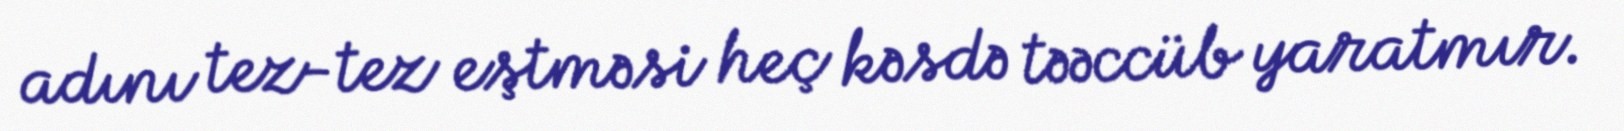
adını tez-tez eştməsi heç kəsdə təəccüb yaratmır.